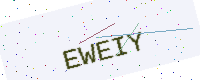
Text: EWEIY